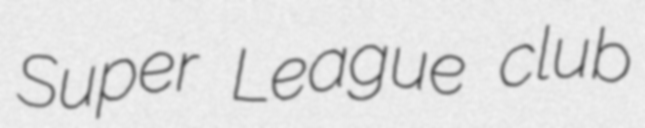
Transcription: Super League club